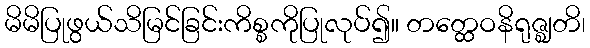
မိမိပြုဖွယ်သိမြင်ခြင်းကိစ္စကိုပြုလုပ်၍။ တတ္ထေဝနိရုဇ္ဈတိ၊